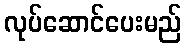
လုပ်ဆောင်ပေးမည်